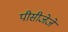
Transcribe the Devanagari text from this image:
पीसीजेजे